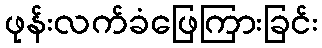
ဖုန်းလက်ခံဖြေကြားခြင်း